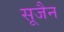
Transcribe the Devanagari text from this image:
सूजैन